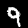
Label: 9